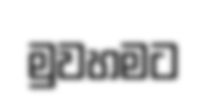
මුවහමට